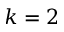
k = 2